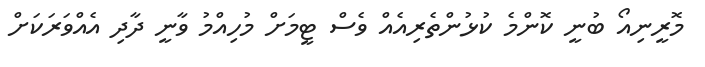
މޮރީނިއޯ ބުނީ ކޮންމެ ކުޅުންތެރިއެއް ވެސް ޓީމަށް މުހިއްމު ވާނީ ދާދި އެއްވަރަކަށް